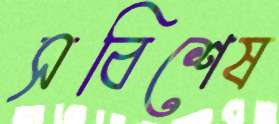
সবিশেষ